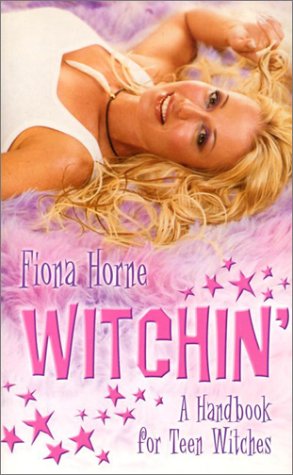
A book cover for Witchin': A Handbook for Teen Witches; Fiona Horne; Teen & Young Adult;